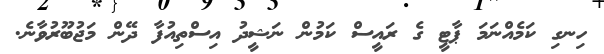
ހިނގި ކަމެއްނަމަ ޕާޓީ ގެ ރައީސް ކަމުން ނަޝީދު އިސްތިއުފާ ދޭން މަޖުބޫރުވާނެ.